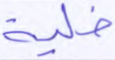
خلية